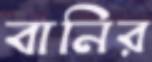
বানির